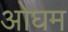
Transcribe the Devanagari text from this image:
ओघम